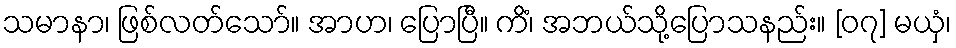
သမာနာ၊ ဖြစ်လတ်သော်။ အာဟ၊ ပြောပြီ။ ကိံ၊ အဘယ်သို့ပြောသနည်း။ [၀၇] မယှံ၊